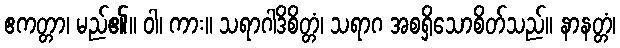
ဧကတ္တာ၊ မည်၏။ ဝါ၊ ကား။ သရာဂါဒိစိတ္တံ၊ သရာဂ အစရှိသောစိတ်သည်။ နာနတ္တံ၊